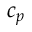
c _ { p }